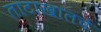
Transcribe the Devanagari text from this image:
ताटाखालचे